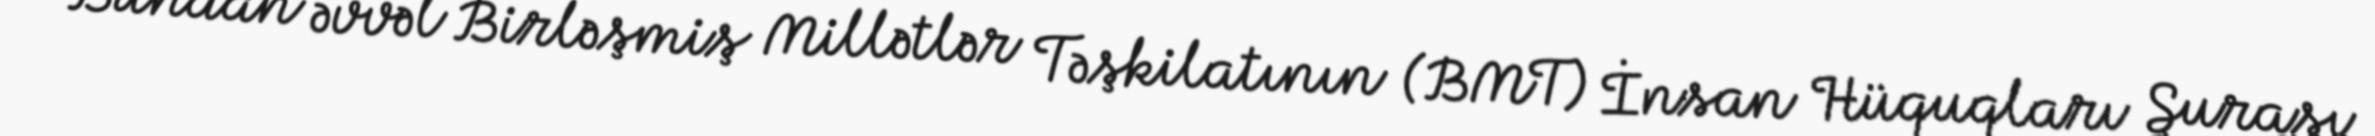
Bundan əvvəl Birləşmiş Millətlər Təşkilatının (BMT) İnsan Hüquqları Şurası